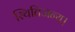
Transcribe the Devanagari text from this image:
स्थितिजन्य।